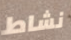
نشاط